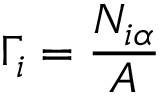
\Gamma _ { i } = { \frac { N _ { i \alpha } } { A } }